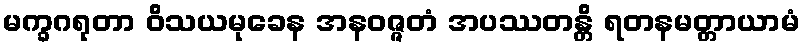
မက္ခဂရုတာ ဝိသယမုခေန အနဝဇ္ဇတံ အပဿတန္တိ ရတနမတ္တာယာမံ